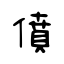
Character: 僨